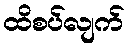
ထိစပ်လျက်